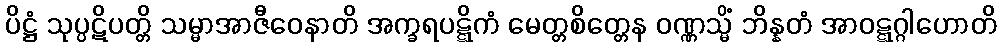
ပိဋ္ဌံ သုပ္ပဋိပတ္တိ သမ္မာအာဇီဝေနာတိ အက္ခရပဋ္ဋိကံ မေတ္တစိတ္တေန ဝဏ္ဏသ္မိံ ဘိန္နတံ အာဝဋ္ဋဂ္ဂါဟောတိ